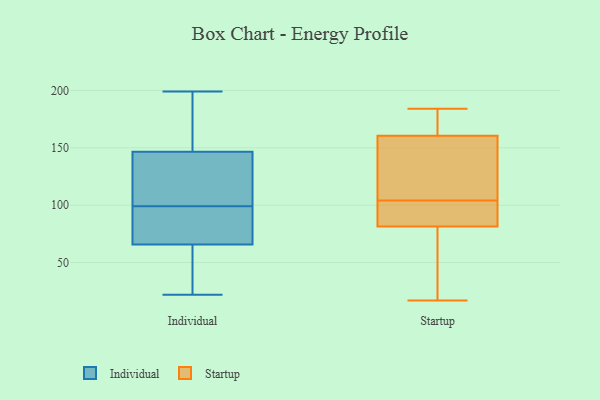
{"axis": {"x": "Humidity (%)", "y": "Value"}, "legend": ["Individual", "Startup"], "data": [{"x": "", "y": 88, "type": "Individual"}, {"x": "", "y": 68, "type": "Individual"}, {"x": "", "y": 181, "type": "Individual"}, {"x": "", "y": 175, "type": "Individual"}, {"x": "", "y": 54, "type": "Individual"}, {"x": "", "y": 199, "type": "Individual"}, {"x": "", "y": 65, "type": "Individual"}, {"x": "", "y": 99, "type": "Individual"}, {"x": "", "y": 150, "type": "Individual"}, {"x": "", "y": 97, "type": "Individual"}, {"x": "", "y": 136, "type": "Individual"}, {"x": "", "y": 22, "type": "Individual"}, {"x": "", "y": 116, "type": "Individual"}, {"x": "", "y": 34, "type": "Individual"}, {"x": "", "y": 101, "type": "Individual"}, {"x": "", "y": 89, "type": "Startup"}, {"x": "", "y": 101, "type": "Startup"}, {"x": "", "y": 174, "type": "Startup"}, {"x": "", "y": 55, "type": "Startup"}, {"x": "", "y": 89, "type": "Startup"}, {"x": "", "y": 107, "type": "Startup"}, {"x": "", "y": 17, "type": "Startup"}, {"x": "", "y": 156, "type": "Startup"}, {"x": "", "y": 184, "type": "Startup"}, {"x": "", "y": 177, "type": "Startup"}, {"x": "", "y": 114, "type": "Startup"}, {"x": "", "y": 85, "type": "Startup"}, {"x": "", "y": 165, "type": "Startup"}, {"x": "", "y": 78, "type": "Startup"}, {"x": "", "y": 77, "type": "Startup"}, {"x": "", "y": 149, "type": "Startup"}]}